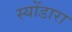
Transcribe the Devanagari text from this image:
स्योंडारा